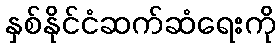
နှစ်နိုင်ငံဆက်ဆံရေးကို